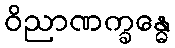
ဝိညာဏက္ခန္ဓေ